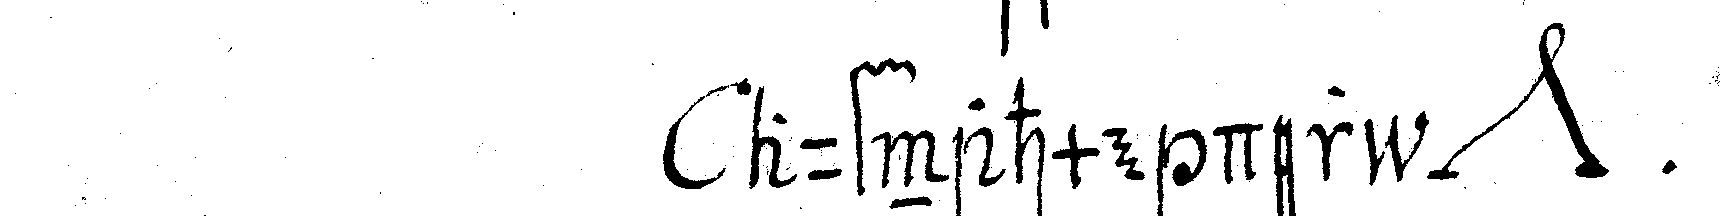
aufnahme der *nee* .